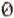
0